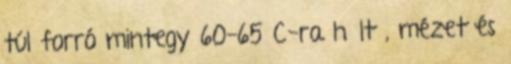
túl forró mintegy 60-65 C-ra hűlt , mézet és